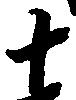
十